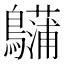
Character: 𪇨